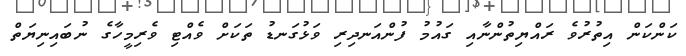
ކަންކަން އިތުރުވެ ރައްޔިތުންނާއި ގައުމު ފުންއަނދިރި ވަޅުގަނޑު ތަކަށް ވެއްޓި ވެރިމީހާގެ ނުބައިނިޔަތް